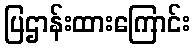
ပြဌာန်းထားကြောင်း